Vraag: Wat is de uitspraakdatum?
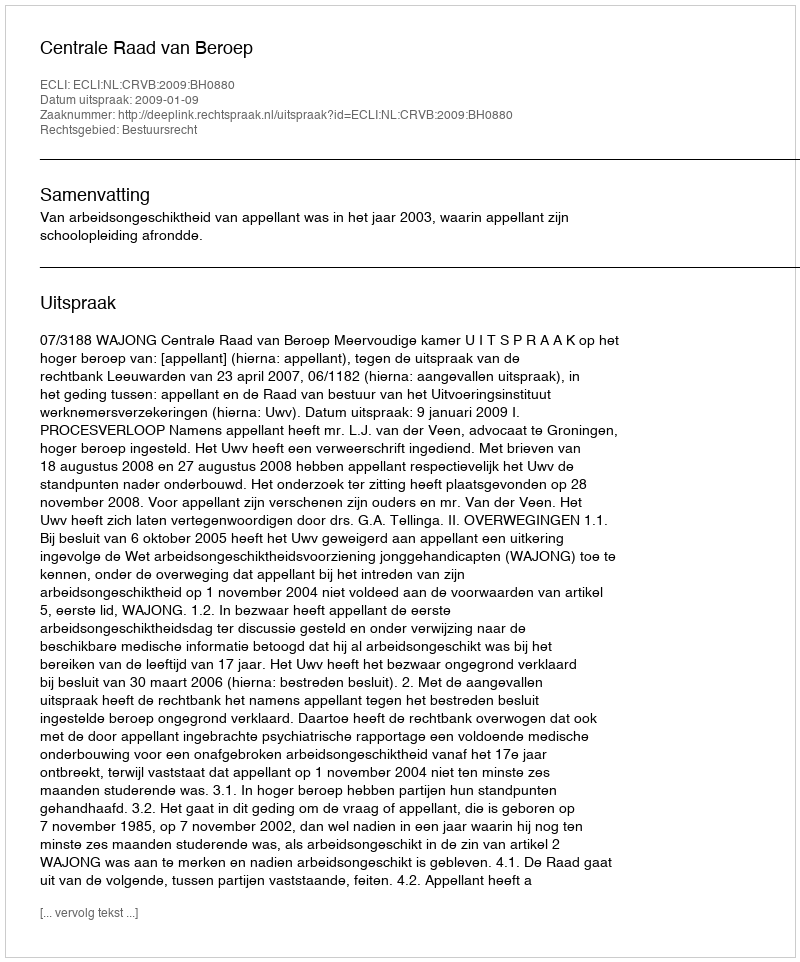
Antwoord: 2009-01-09